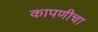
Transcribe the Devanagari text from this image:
कापणीचा